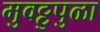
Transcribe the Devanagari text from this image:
मुवट्टुपुळा